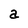
Character: a